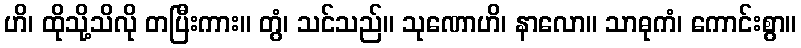
ဟိ၊ ထိုသို့သိလို တပြီးကား။ တွံ၊ သင်သည်။ သုဏောဟိ၊ နာလော။ သာဓုကံ၊ ကောင်းစွာ။